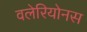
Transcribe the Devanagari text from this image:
वलेरियोनस